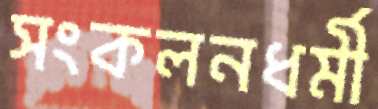
সংকলনধর্মী